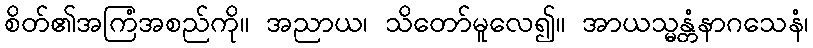
စိတ်၏အကြံအစည်ကို။ အညာယ၊ သိတော်မူလေ၍။ အာယသ္မန္တံနာဂသေနံ၊